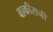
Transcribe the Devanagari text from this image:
वाकीसनी